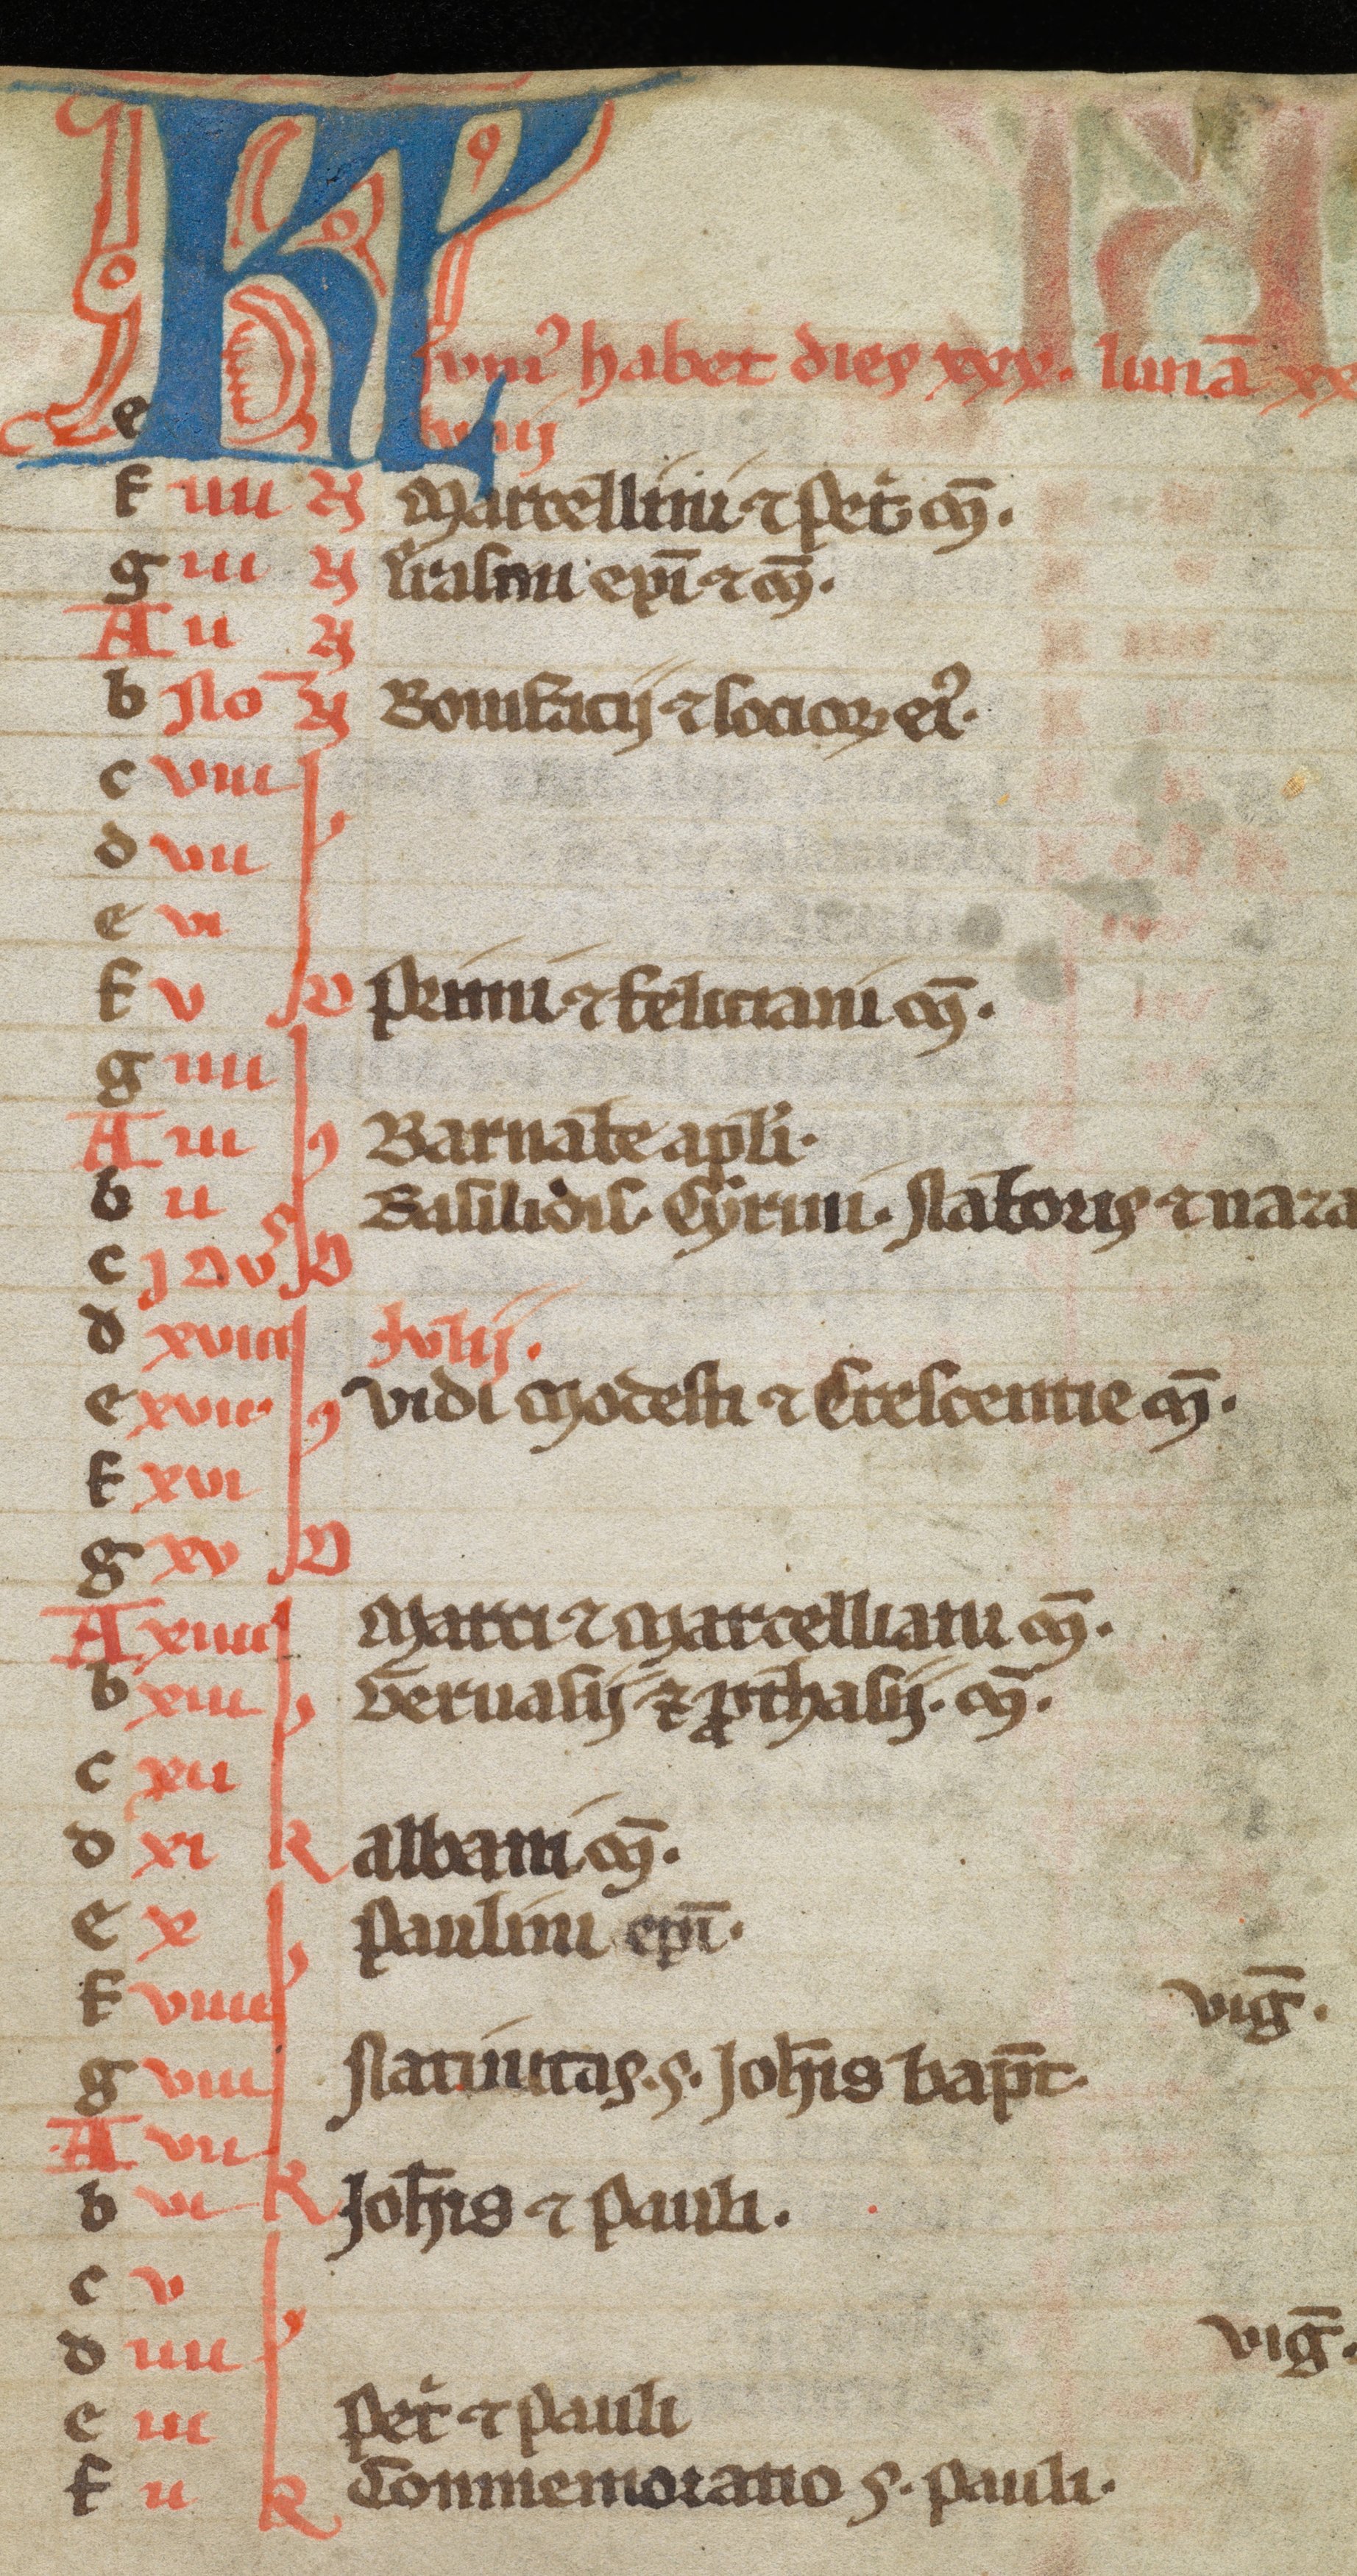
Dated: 1300–1399